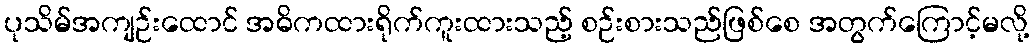
ပုသိမ်အကျဉ်းထောင် အဓိကထားရိုက်ကူးထားသည့် စဉ်းစားသည်ဖြစ်စေ အတွက်ကြောင့်မလို့